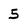
Character: 5